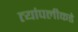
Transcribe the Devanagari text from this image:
त्यांपलीकडे